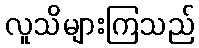
လူသိများကြသည်